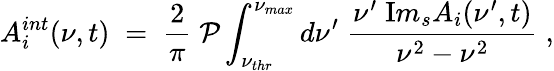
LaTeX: A_{i}^{int}(\nu,t)\; =\; {\frac{2}{\pi}}\; {\mathcal P}\int_{\nu_{thr}}^{\nu_{max}}d\nu^{\prime}\; {\frac{\nu^{\prime}\; {\mathrm Im}_{s}A_{i}(\nu^{\prime},t)}{\nu^{2}-\nu^{2}}}\; ,